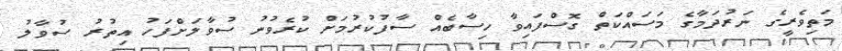
މަތިވެރީގެ ނަރުދަމާގެ މަސައްކަތް ގޮސްފައިވާ ހިސާބެއް ސާފުކުރުމަށް ކުރެވުނު ސުވާލަށްފަހު އިތުރު ސުވާލު